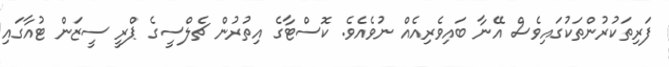
ފަރިތަކުރުންތަކުގައިވެސް އޭނާ ބައިވެރިއެއް ނުވެއެވެ. ކޮސްޓާގެ އިތުރުން ޗެލްސީގެ ޕްރީ ސީޒަން ޓުއާގައި